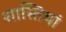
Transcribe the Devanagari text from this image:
शास्तियां